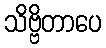
သိဗ္ဗိတာပေ